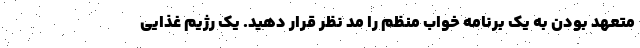
متعهد بودن به یک برنامه خواب منظم را مد نظر قرار دهید. یک رژیم غذایی